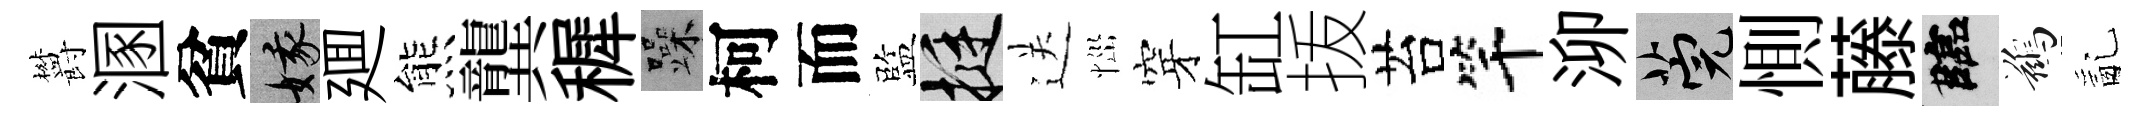
欝溷貧娥廽熊龔穉躁柯而監挺送𢙉穿缸㧞苔竿泖筦惻藤臨鷀亂